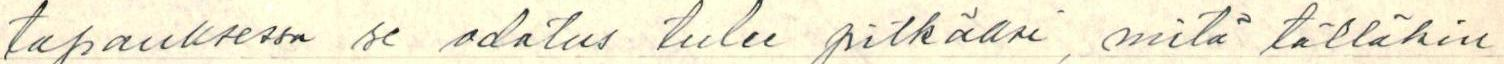
tapauksessa se odotus tulee pitkäksi, mitä tälläkin